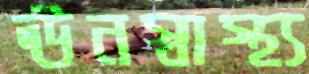
ঊনস্বাস্থ্য